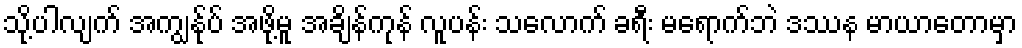
သို့ပါလျက် အကျွန်ုပ် အဖို့မူ အချိန်ကုန် လူပန်း သလောက် ခရီး မရောက်ဘဲ ဒဿန မာယာတောမှာ